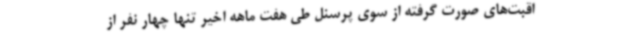
اقبت‌های صورت گرفته از سوی پرسنل طی هفت‌ ماهه اخیر تنها چهار نفر از